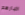
اخبارهم